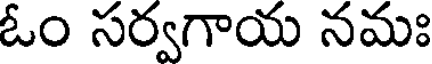
ఓం సర్వగాయ నమః